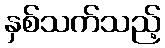
နှစ်သက်သည့်